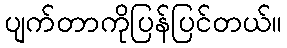
ပျက်တာကိုပြန်ပြင်တယ်။